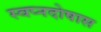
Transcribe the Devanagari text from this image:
स्वप्नदोषास